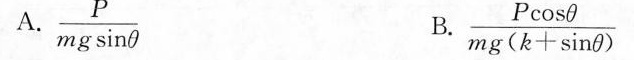
A。 $$\frac{P}{mg \sin \theta}$$ B.$$\frac{P \cos \theta}{mg(k+ \sin \theta)}$$